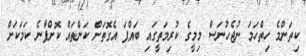
ކިތަންމެ ހިތްހަމަ ނުޖެހުނަސް މިމީގެ ކުރިމަތީގައި ބައްޕަ އެގޮތަށް ކަންތައް ކޮށްފާނެ ކަމަކަށް